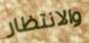
والانتظار